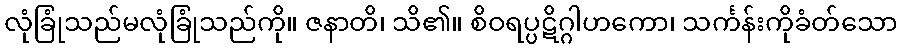
လုံခြုံသည်မလုံခြုံသည်ကို။ ဇနာတိ၊ သိ၏။ စိဝရပ္ပဋိဂ္ဂါဟကော၊ သင်္ကန်းကိုခံတ်သော